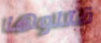
قتلوها